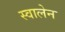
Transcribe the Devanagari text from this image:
स्वालेन